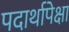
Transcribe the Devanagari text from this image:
पदार्थापेक्षा